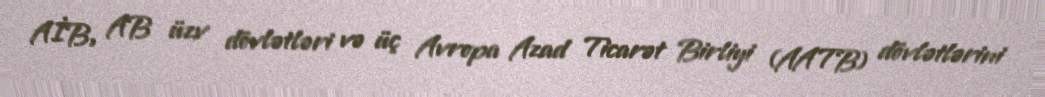
AİB, AB üzv dövlətləri və üç Avropa Azad Ticarət Birliyi (AATB) dövlətlərini